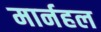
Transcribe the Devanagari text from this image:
मार्नहल